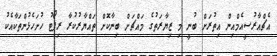
އެޗްއާރުސީއެމްއިން އިތުރަށް ބުނީ މި ޒިޔާރަތުގެ މައްޗަށް ބިނާކޮށް ތައްޔާރުކުރާ ރިޕޯޓު ހުށަހެޅުންތަކާއެކު